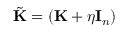
\tilde { \mathbf K } = ( \mathbf K + \eta \mathbf I _ { n } )